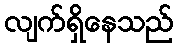
လျက်ရှိနေသည်